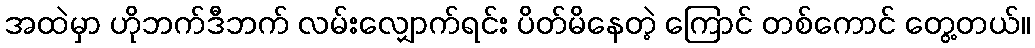
အထဲမှာ ဟိုဘက်ဒီဘက် လမ်းလျှောက်ရင်း ပိတ်မိနေတဲ့ ကြောင် တစ်ကောင် တွေ့တယ်။